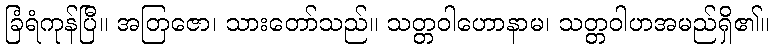
ခြံရံကုန်ပြီ။ အတြဇော၊ သားတော်သည်။ သတ္တဝါဟောနာမ၊ သတ္တဝါဟအမည်ရှိ၏။